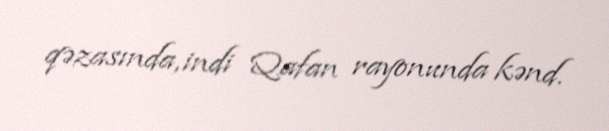
qəzasında, indi Qafan rayonunda kənd.